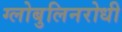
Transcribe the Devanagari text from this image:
ग्लोबुलिनरोधी